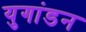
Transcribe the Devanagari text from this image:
युगांडन